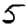
Digit: 5